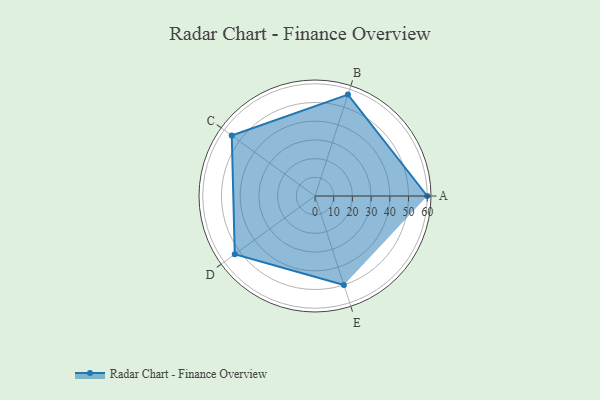
{"axis": {"x": "Skill", "y": "Score"}, "legend": ["Profile"], "data": [{"x": "A", "y": 60.0, "type": "Profile"}, {"x": "B", "y": 57.0, "type": "Profile"}, {"x": "C", "y": 55.0, "type": "Profile"}, {"x": "D", "y": 53.0, "type": "Profile"}, {"x": "E", "y": 50.0, "type": "Profile"}]}